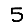
Digit: 5